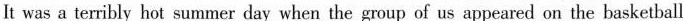
It was a terribly hot summer day when the group of us appeared on the basketball